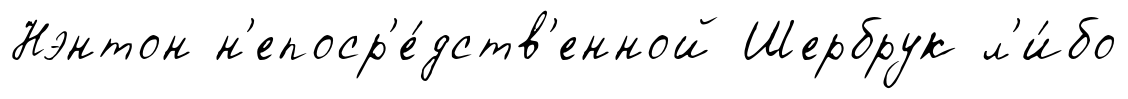
Нэнтон н'епоср'е́дств'енной Шербрук л'и́бо